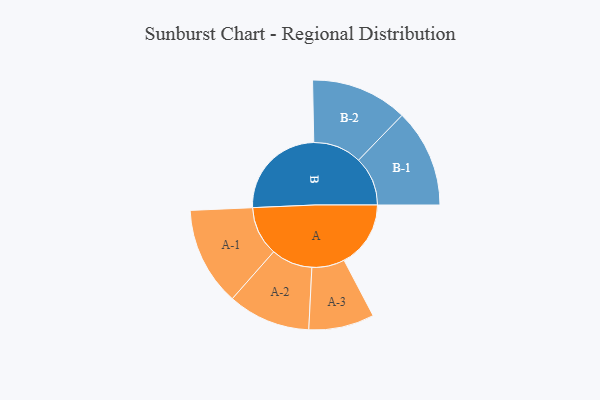
{"axis": {"x": "Segment", "y": "Value"}, "legend": ["", "A", "B"], "data": [{"x": "A", "y": 289, "type": ""}, {"x": "B", "y": 424, "type": ""}, {"x": "A-1", "y": 214, "type": "A"}, {"x": "A-2", "y": 179, "type": "A"}, {"x": "A-3", "y": 142, "type": "A"}, {"x": "B-1", "y": 213, "type": "B"}, {"x": "B-2", "y": 210, "type": "B"}]}